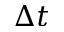
\Delta t